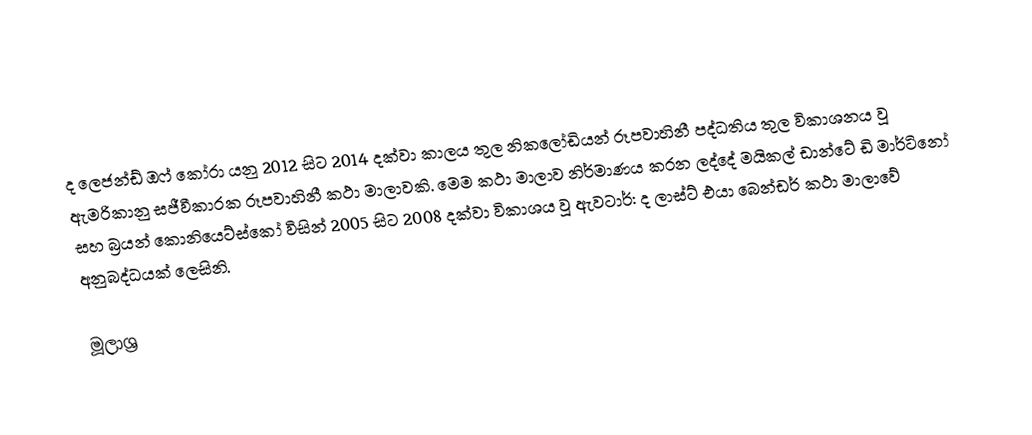
ද ලෙජන්ඩ් ඔෆ් කෝරා යනු 2012 සිට 2014 දක්වා කාලය තුල නිකලෝඩියන් රූපවාහිනී පද්ධතිය තුල විකාශනය වූ ඇමරිකානු සජීවීකාරක රූපවාහිනී කථා මාලාවකි. මෙම කථා මාලාව නිර්මාණය කරන ලද්දේ මයිකල් ඩාන්ටේ ඩි මාර්ටිනෝ සහ බ්‍රයන් කොනියෙට්ස්කෝ විසින් 2005 සිට 2008 දක්වා විකාශය වූ ඇවටාර්: ද ලාස්ට් එයා බෙන්ඩර් කථා මාලාවේ අනුබද්ධයක් ලෙසිනි.

මූලාශ්‍ර